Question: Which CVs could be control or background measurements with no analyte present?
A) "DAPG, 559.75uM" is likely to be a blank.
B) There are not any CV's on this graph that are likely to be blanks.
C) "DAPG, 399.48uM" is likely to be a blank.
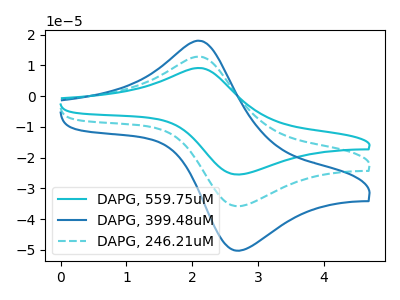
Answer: <think>The cyan curve "DAPG, 559.75uM" has an anodic peak at (2.10V, 25.60uA) and a cathodic peak at (2.65V, -71.50uA). The blue curve "DAPG, 399.48uM" has an anodic peak at (2.10V, 18.00uA) and a cathodic peak at (2.65V, -50.20uA). The cyan dashed curve "DAPG, 246.21uM" has an anodic peak at (2.10V, 12.80uA) and a cathodic peak at (2.65V, -35.75uA).</think>
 <answer>B) There are not any CV's on this graph that are likely to be blanks.</answer>
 <eval>B</eval>